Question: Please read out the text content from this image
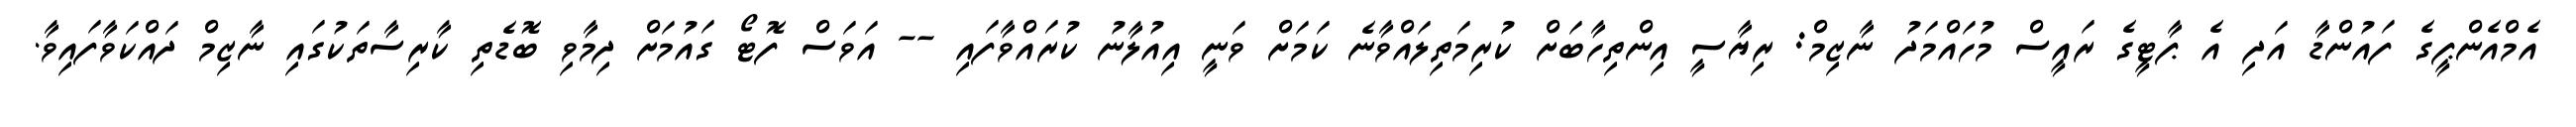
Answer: އެމްއެންޕީގެ ފައުންޑާ އަދި އެ ޕާޓީގެ ރައީސް މުހައްމަދު ނާޒިމް: ރިޔާސީ އިންތިހާބަށް ކުރިމަތިލައްވާނެ ކަމަށް ވަނީ އިއުލާނު ކުރައްވާފައި -- އަވަސް ފޮޓޯ ގައުމަށް ދިމާވި ބޮޑެތި ކާރިސާތަކުގައި ނާޒިމް ދައްކަވާފައިވާ.